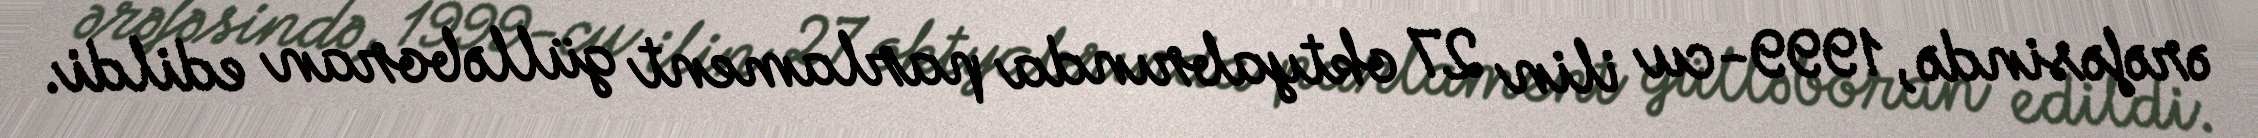
ərəfəsində, 1999-cu ilin 27 oktyabrında parlament gülləboran edildi.